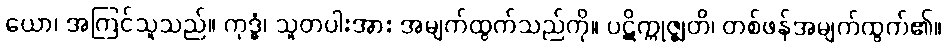
ယော၊ အကြင်သူသည်။ ကုဒ္ဓံ၊ သူတပါးအား အမျက်ထွက်သည်ကို။ ပဋိက္ကုဇ္ဈတိ၊ တစ်ဖန်အမျက်ထွက်၏။